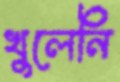
খুলেনি